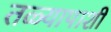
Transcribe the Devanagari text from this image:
तळ्यापाशी